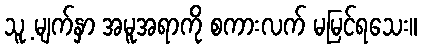
သူ့ မျက်နှာ အမူအရာကို စကားလက် မမြင်ရသေး။